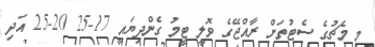
މި މެޗުގެ ސެޓުތަށް ރާއްޖޭގެ ވޮލީ ޓީމު ގެންދިޔައީ 17-25 20-25 އަދި